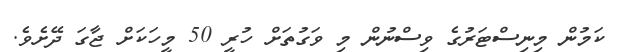
ކަމުން މިނިސްޓަރުގެ ވިސްނުން މި ވަގުތަށް ހުރީ 50 މީހަކަށް ޖާގަ ދޭށެވެ.